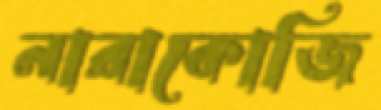
নারাকোজি